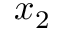
x _ { 2 }